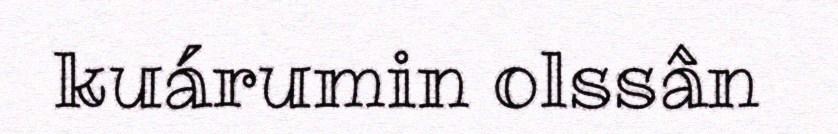
kuárumin olssân